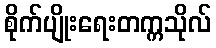
စိုက်ပျိုးရေးတက္ကသိုလ်